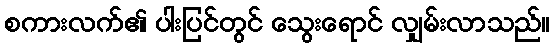
စကားလက်၏ ပါးပြင်တွင် သွေးရောင် လျှမ်းလာသည်။